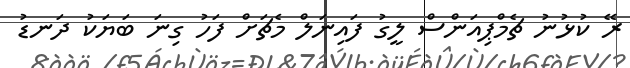
ރޭ ކުޅުނު ޗެމްޕިއަންސް ލީގު ފައިނަލް މެޗަށް ފަހު ގިނަ ބަޔަކު ދަނޑު